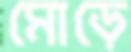
মোড়ে